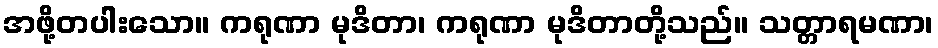
အဖို့တပါးသော။ ကရုဏာ မုဒိတာ၊ ကရုဏာ မုဒိတာတို့သည်။ သတ္တာရမဏာ၊